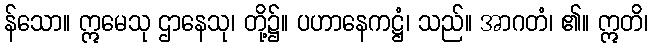
န်သော။ ဣမေသု ဌာနေသု၊ တို့၌။ ပဟာနေကဋ္ဌံ၊ သည်။ အာဂတံ၊ ၏။ ဣတိ၊